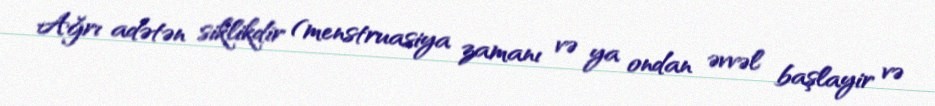
Ağrı adətən siklikdir (menstruasiya zamanı və ya ondan əvvəl başlayir və